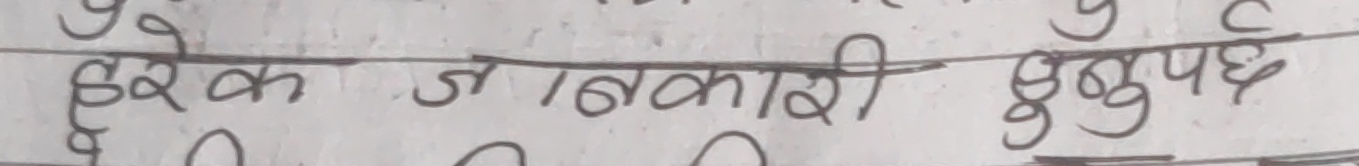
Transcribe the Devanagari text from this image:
हरेक जानकारी हुनुपर्छ